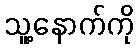
သူ့နောက်ကို